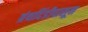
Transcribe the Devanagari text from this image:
ग्रंथदिंडीपासून